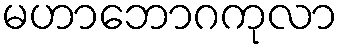
မဟာဘောဂကုလာ